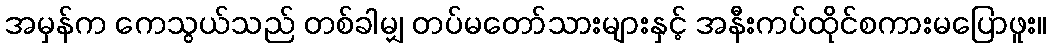
အမှန်က ကေသွယ်သည် တစ်ခါမျှ တပ်မတော်သားများနှင့် အနီးကပ်ထိုင်စကားမပြောဖူး။